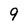
Character: 9